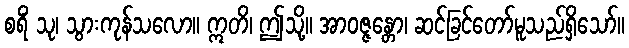
စရိံ သု၊ သွားကုန်သလော။ ဣတိ၊ ဤသို့။ အာဝဇ္ဇန္တော၊ ဆင်ခြင်တော်မူသည်ရှိသော်။